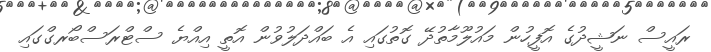
ރައީސް ނަޝީދުގެ އޮފީހުން މައުލޫމާތުދޭ ގޮތުގައި އެ ބައްދަލުވުން އޮތީ އިއްޔެ ސްޓްރަސްބޯރގްގައި